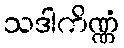
သဒါကိဏ္ဏံ